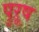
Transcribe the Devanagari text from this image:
पुऱूष